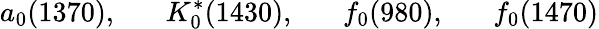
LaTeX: a_{0}(1370),\; \; \; \; \; \; K_{0}^{*}(1430),\; \; \; \; \; \; f_{0}(980),\; \; \; \; \; \; f_{0}(1470)